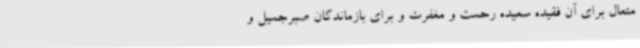
متعال برای آن فقیده سعیده رحمت و مغفرت و برای بازماندگان صبرجمیل و